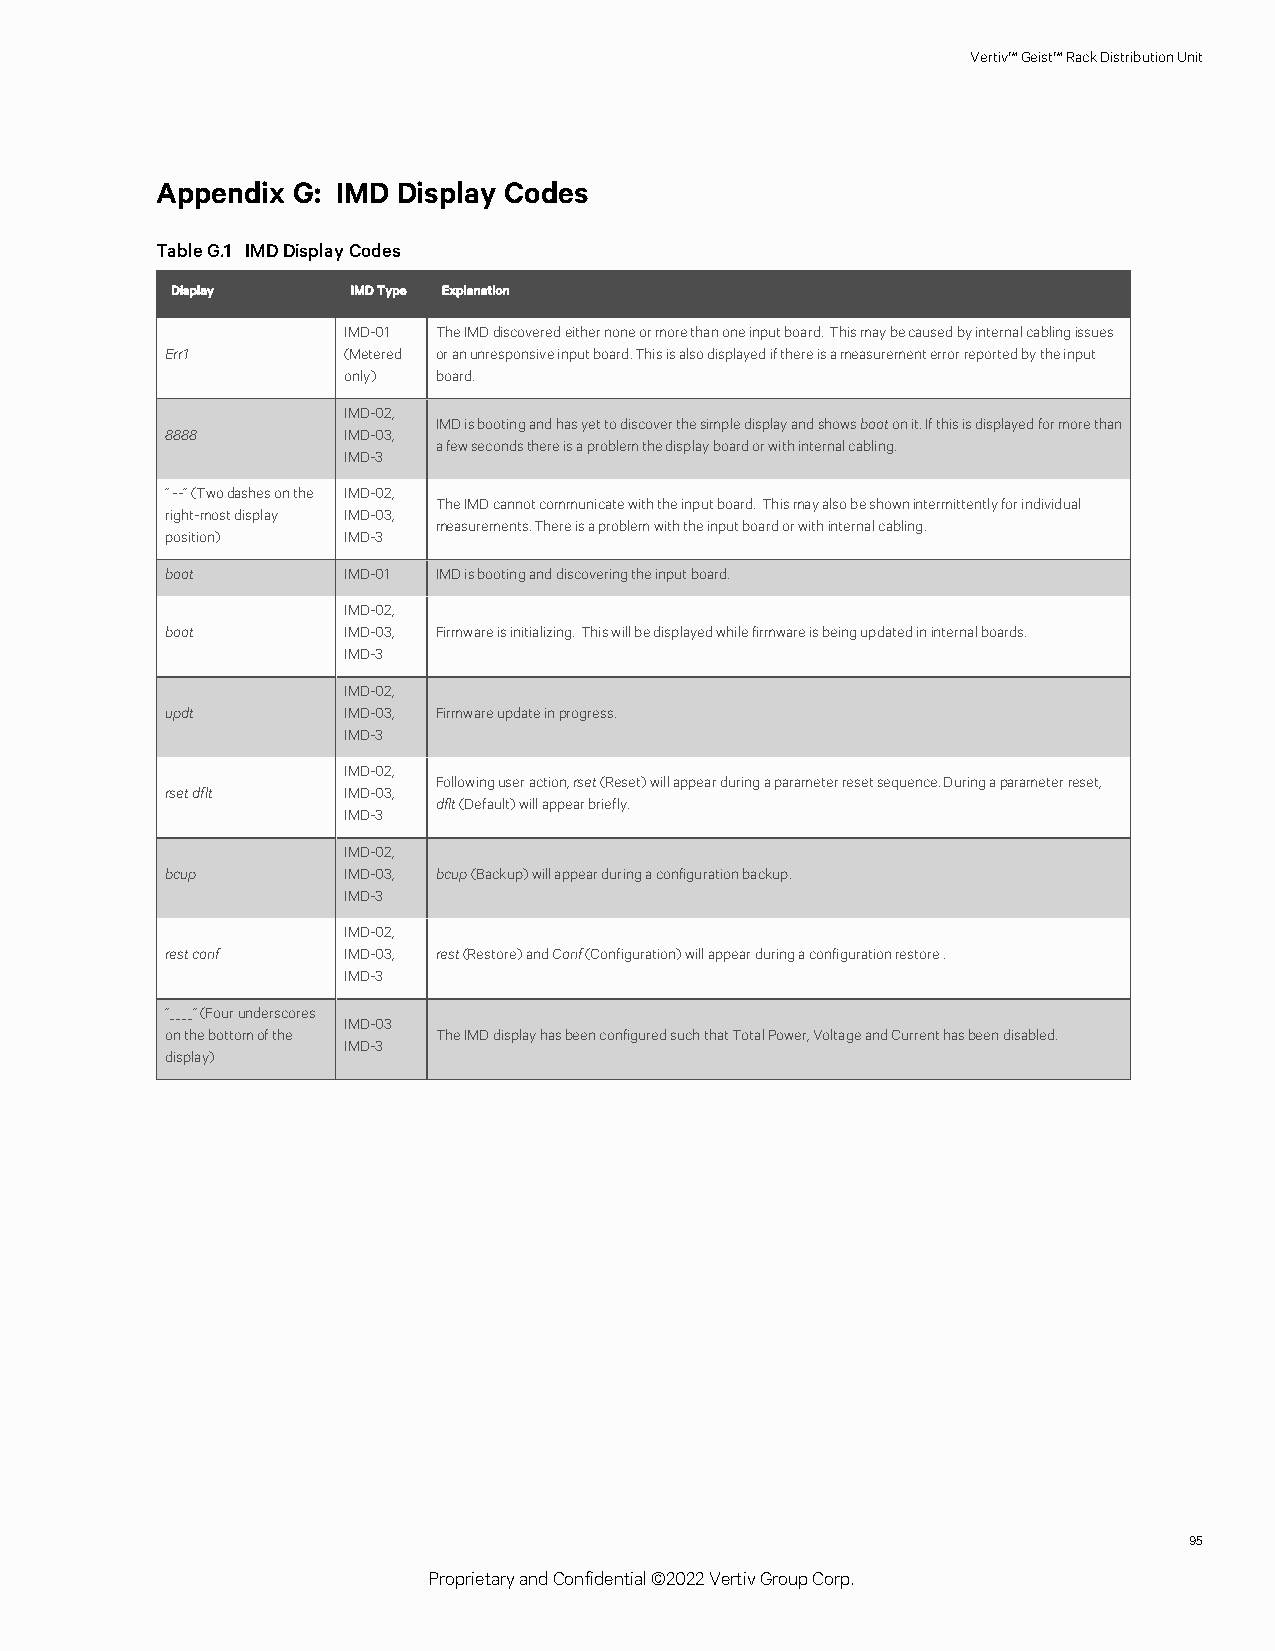
Vertiv™Geist™RackDistributionUnit
 Appendix G: IMD Display Codes
 TableG.1 IMDDisplayCodes
 Display     IMDType Explanation
 IMD-01 TheIMDdiscoveredeithernoneormorethanoneinputboard. Thismaybecausedbyinternalcablingissues
 Err1        (Metered oranunresponsiveinputboard.Thisisalsodisplayedifthereisameasurementerrorreportedbytheinput
 only) board.
 IMD-02,
 IMDisbootingandhasyettodiscoverthesimpledisplayandshowsbootonit. Ifthisisdisplayedformorethan
 8888        IMD-03,
 afewsecondsthereisaproblemthedisplayboardorwithinternalcabling.
 IMD-3
 “ --”(Twodashesonthe IMD-02,
 TheIMDcannotcommunicatewiththeinputboard. Thismayalsobeshownintermittentlyforindividual
 right-mostdisplay IMD-03,
 measurements.Thereisaproblemwiththeinputboardorwithinternalcabling.
 position)   IMD-3
 boot        IMD-01 IMDisbootinganddiscoveringtheinputboard.
 IMD-02,
 boot        IMD-03, Firmwareisinitializing. Thiswillbedisplayedwhilefirmwareisbeingupdatedininternalboards.
 IMD-3
 IMD-02,
 updt        IMD-03, Firmwareupdateinprogress.
 IMD-3
 IMD-02,
 Followinguseraction,rset(Reset)willappearduringaparameterresetsequence.Duringaparameterreset,
 rsetdflt    IMD-03,
 dflt(Default)willappearbriefly.
 IMD-3
 IMD-02,
 bcup        IMD-03, bcup(Backup)willappearduringaconfigurationbackup.
 IMD-3
 IMD-02,
 restconf    IMD-03, rest(Restore)andConf(Configuration)willappearduringaconfigurationrestore.
 IMD-3
 “____”(Fourunderscores
 IMD-03
 onthebottomofthe  TheIMDdisplayhasbeenconfiguredsuchthatTotalPower,VoltageandCurrenthasbeendisabled.
 IMD-3
 display)
 95
 ProprietaryandConfidential©2022VertivGroupCorp.